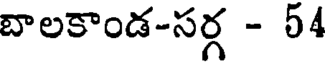
బాలకాండ-సర్గ - 54